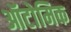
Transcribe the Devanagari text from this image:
ऑटोमिक